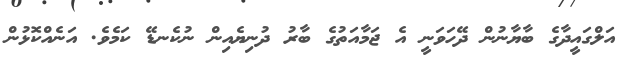
އަލްގައީދާގެ ބާޔާނުން ދޭހަވަނީ އެ ޖަމާއަތުގެ ބާރު ދުނިޔެއިން ނުކެނޑޭ ކަމެވެ. އަނެއްކޮޅުން